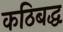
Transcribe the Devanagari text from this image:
कठिबद्ध